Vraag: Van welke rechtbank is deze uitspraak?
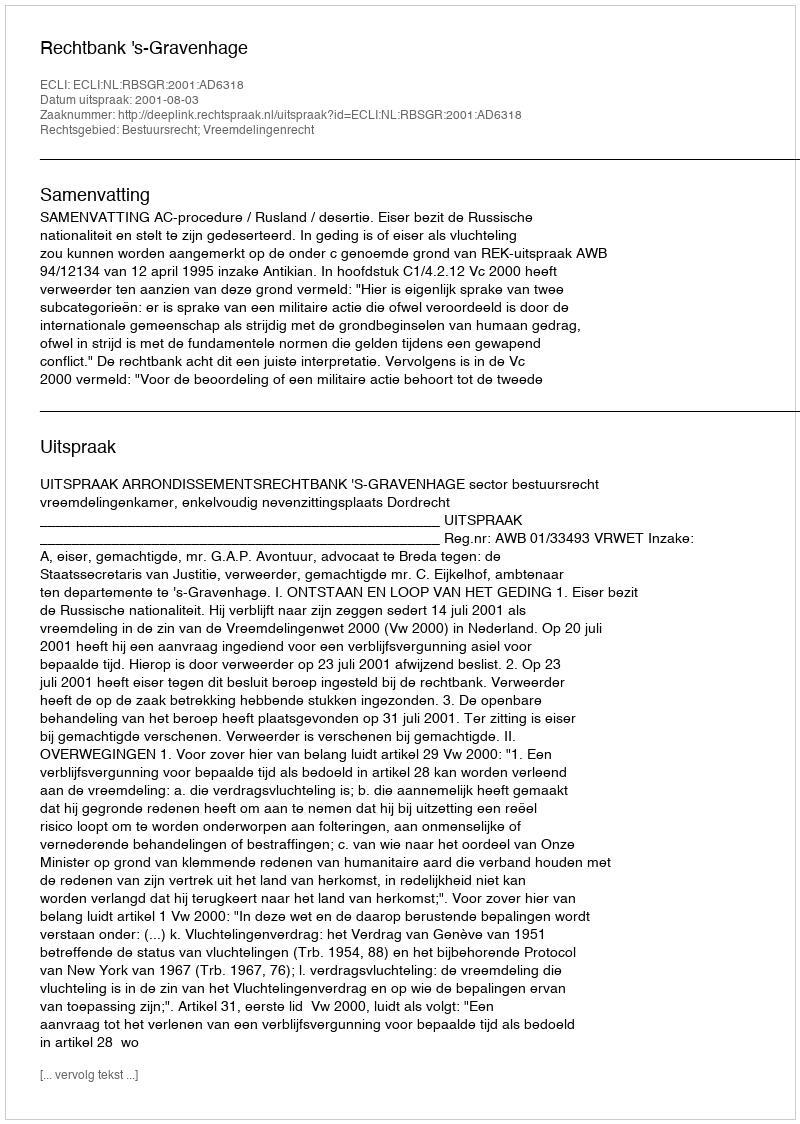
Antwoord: Rechtbank 's-Gravenhage